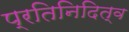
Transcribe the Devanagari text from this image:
प्रतिनिदित्व